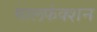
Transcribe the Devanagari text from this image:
मालफंक्शन